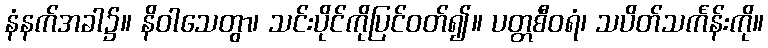
နံနက်အခါ၌။ နိဝါသေတွာ၊ သင်းပိုင်ကိုပြင်ဝတ်၍။ ပတ္တစီဝရံ၊ သပိတ်သင်္ကန်းကို။